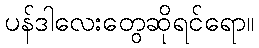
ပန်ဒါလေးတွေဆိုရင်ရော။